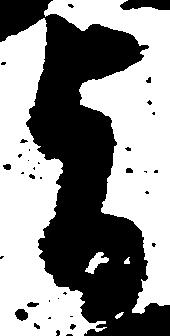
旨